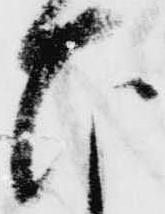
ひ